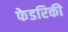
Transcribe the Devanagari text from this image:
फेडरिकी